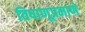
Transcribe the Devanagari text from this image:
विषाणूप्रमाणे